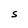
Character: S